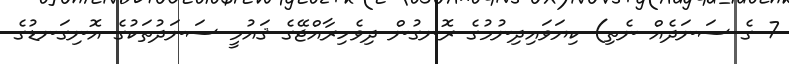
7 ގެ ސަނަދެއް ނެތި) ކިޔަވައިދިނުމުގެ ރޮނގުން ދިވެހިރާއްޖޭގެ ޤައުމީ ސަނަދުތަކުގެ އޮނިގަނޑުގެ